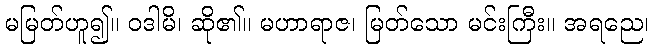
မမြတ်ဟူ၍။ ဝဒါမိ၊ ဆို၏။ မဟာရာဇ၊ မြတ်သော မင်းကြီး။ အရညေ၊